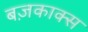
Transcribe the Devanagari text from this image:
बज़काक्स